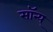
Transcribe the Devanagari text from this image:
सॉन्य्